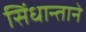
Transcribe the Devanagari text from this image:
सिंधान्ताने